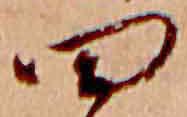
四